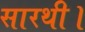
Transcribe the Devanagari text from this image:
सारथी।